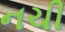
નચી